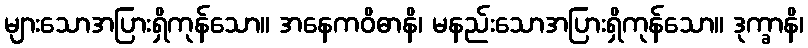
များသောအပြားရှိကုန်သော။ အနေကဝိဓာနိ၊ မနည်းသောအပြားရှိကုန်သော။ ဒုက္ခာနိ၊